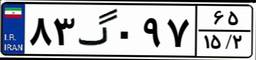
۸۳گ۰۹۷۶۵